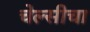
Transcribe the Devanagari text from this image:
चेल्सीचा